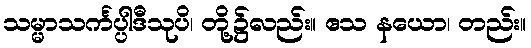
သမ္မာသင်္ကပ္ပါဒီသုပိ၊ တို့၌လည်း။ ဧသ နယော၊ တည်း။